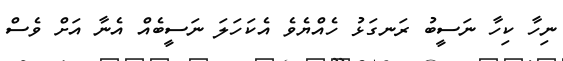
ނިހާ ކިހާ ނަސީބު ރަނގަޅު ހެއްޔެވެ އެކަހަލަ ނަސީބެއް އެނާ އަށް ވެސް